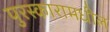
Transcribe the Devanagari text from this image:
पुरस्कारामधील